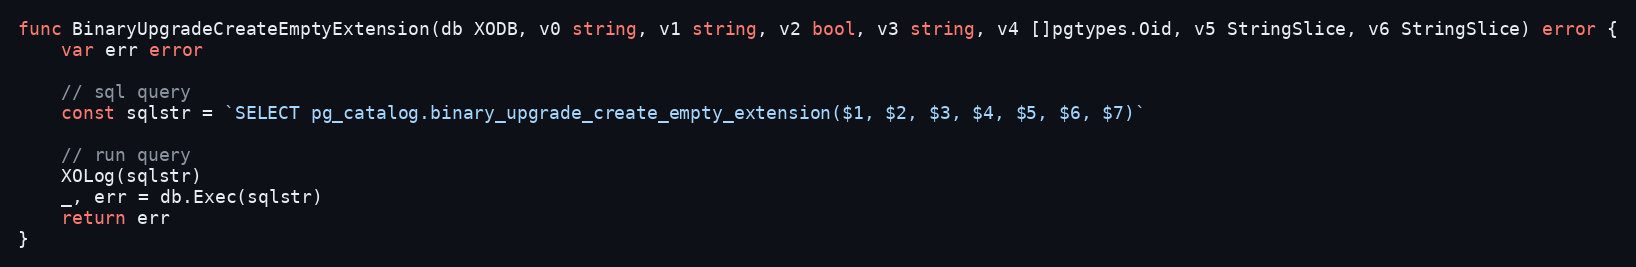
Language: Go
func BinaryUpgradeCreateEmptyExtension(db XODB, v0 string, v1 string, v2 bool, v3 string, v4 []pgtypes.Oid, v5 StringSlice, v6 StringSlice) error {
	var err error

	// sql query
	const sqlstr = `SELECT pg_catalog.binary_upgrade_create_empty_extension($1, $2, $3, $4, $5, $6, $7)`

	// run query
	XOLog(sqlstr)
	_, err = db.Exec(sqlstr)
	return err
}